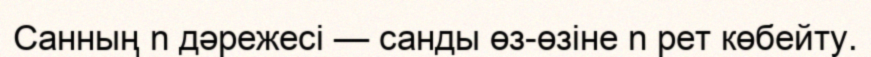
Санның n дәрежесі — санды өз-өзіне n рет көбейту.